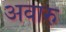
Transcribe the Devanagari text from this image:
अवारु